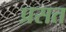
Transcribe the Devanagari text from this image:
प्रसत